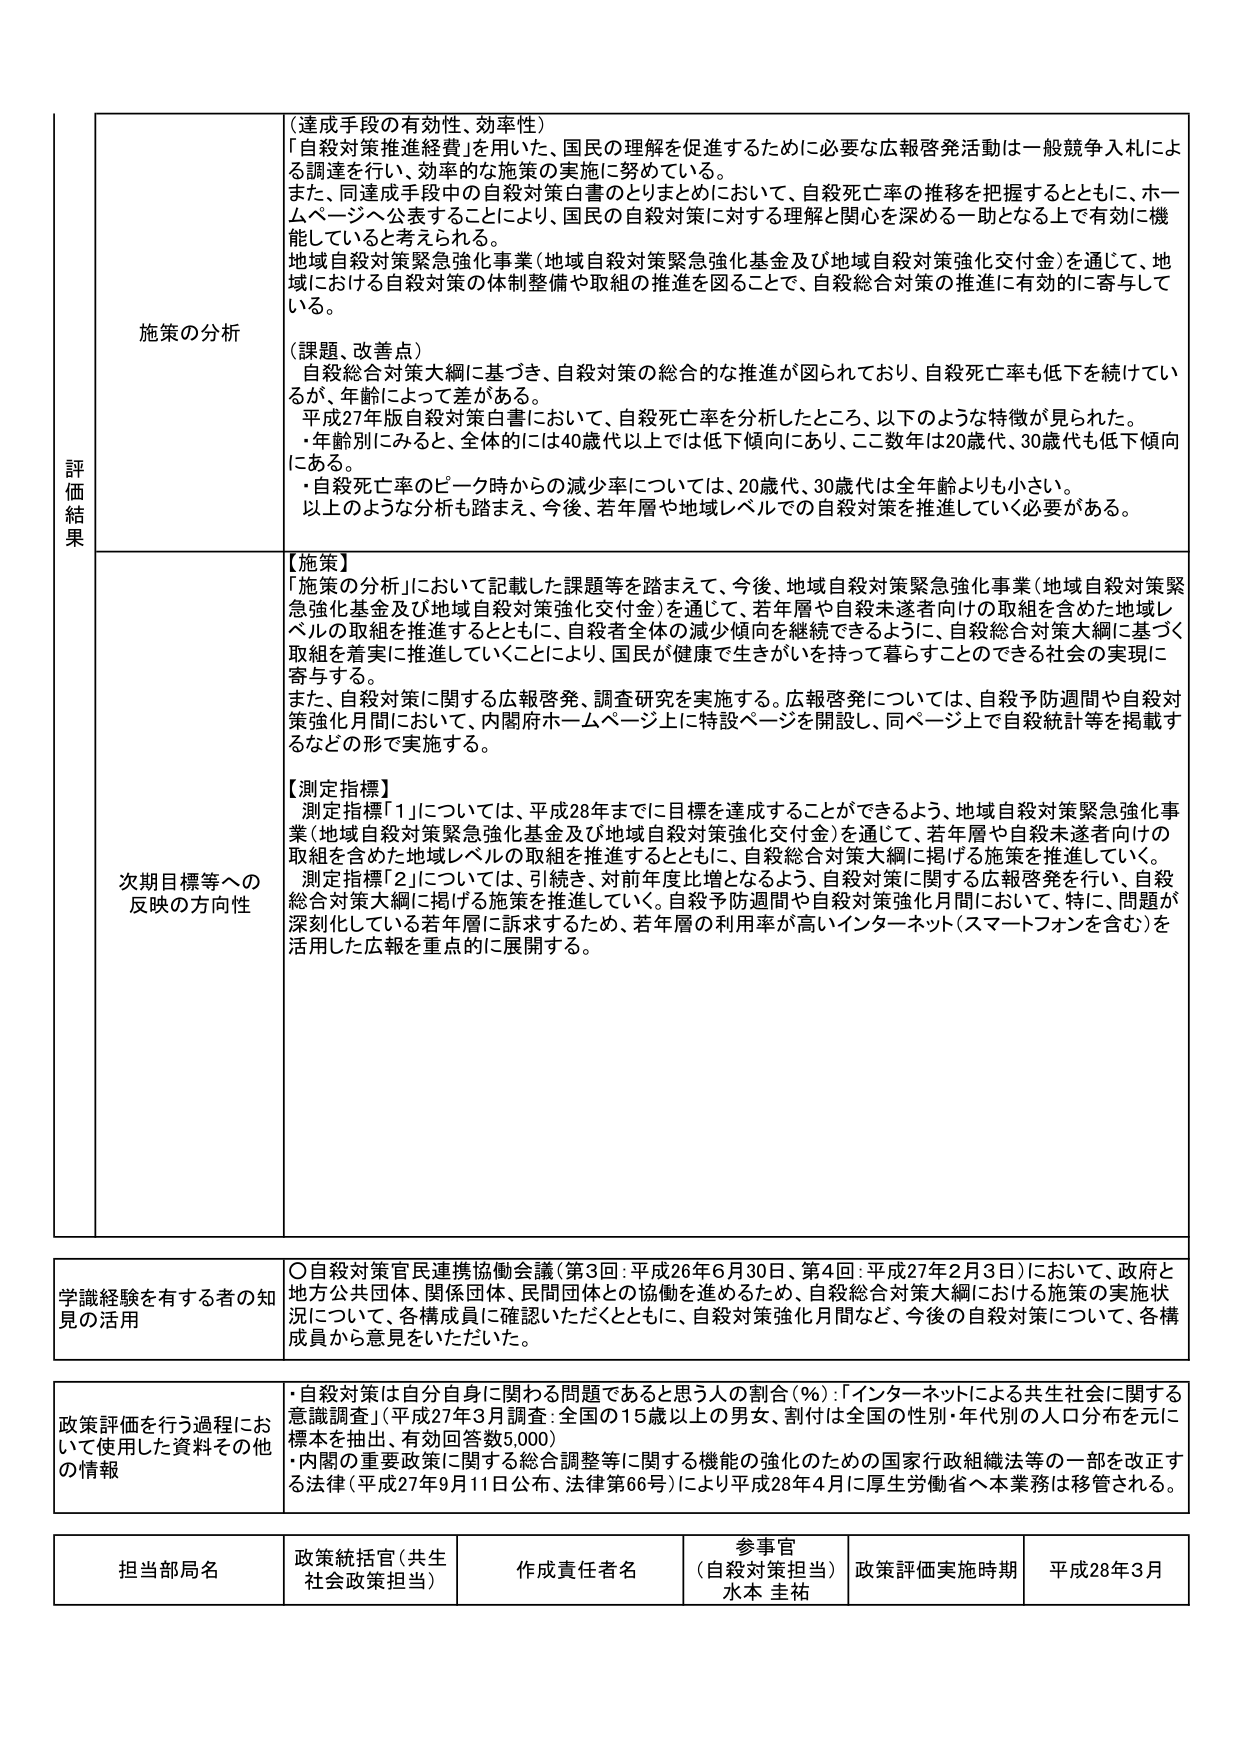
評価結果

施策の分析
（達成手段の有効性、効率性）
「自殺対策推進経費」を用いた、国民の理解を促進するために必要な広報啓発活動は一般競争入札による調達を行い、効率的な施策の実施に努めている。
また、同達成手段中の自殺対策白書のとりまとめにおいて、自殺死亡率の推移を把握するとともに、ホームページへ公表することにより、国民の自殺対策に対する理解と関心を深める一助となる上で有効に機能していると考えられる。
地域自殺対策緊急強化事業（地域自殺対策緊急強化基金及び地域自殺対策強化交付金）を通じて、地域における自殺対策の体制整備や取組の推進を図ることで、自殺総合対策の推進に有効的に寄与している。

（課題、改善点）
自殺総合対策大綱に基づき、自殺対策の総合的な推進が図られており、自殺死亡率も低下を続けているが、年齢によって差がある。
平成27年版自殺対策白書において、自殺死亡率を分析したところ、以下のような特徴が見られた。
・年齢別にみると、全体的には40歳代以上では低下傾向にあり、ここ数年は20歳代、30歳代も低下傾向にある。
・自殺死亡率のピーク時からの減少率については、20歳代、30歳代は全年齢よりも小さい。
以上のような分析も踏まえ、今後、若年層や地域レベルでの自殺対策を推進していく必要がある。

次期目標等への反映の方向性
【施策】
「施策の分析」において記載した課題等を踏まえて、今後、地域自殺対策緊急強化事業（地域自殺対策緊急強化基金及び地域自殺対策強化交付金）を通じて、若年層や自殺未遂者向けの取組を含めた地域レベルの取組を推進するとともに、自殺者全体の減少傾向を継続できるように、自殺総合対策大綱に基づく取組を着実に推進していくことにより、国民が健康で生きがいを持って暮らすことのできる社会の実現に寄与する。
また、自殺対策に関する広報啓発、調査研究を実施する。広報啓発については、自殺予防週間や自殺対策強化月間において、内閣府ホームページ上に特設ページを開設し、同ページ上で自殺統計等を掲載するなどの形で実施する。

【測定指標】
測定指標「1」については、平成28年までに目標を達成することができるよう、地域自殺対策緊急強化事業（地域自殺対策緊急強化基金及び地域自殺対策強化交付金）を通じて、若年層や自殺未遂者向けの取組を含めた地域レベルの取組を推進するとともに、自殺総合対策大綱に掲げる施策を推進していく。
測定指標「2」については、引続き、対前年度比増となるよう、自殺対策に関する広報啓発を行い、自殺総合対策大綱に掲げる施策を推進していく。自殺予防週間や自殺対策強化月間において、特に、問題が深刻化している若年層に訴求するため、若年層の利用率が高いインターネット（スマートフォンを含む）を活用した広報を重点的に展開する。

学識経験を有する者の知見の活用
〇自殺対策官民連携協働会議（第3回：平成26年6月30日、第4回：平成27年2月3日）において、政府と地方公共団体、関係団体、民間団体との協働を進めるため、自殺総合対策大綱における施策の実施状況について、各構成員に確認いただくとともに、自殺対策強化月間など、今後の自殺対策について、各構成員から意見をいただいた。

政策評価を行う過程において使用した資料その他 の情報
・自殺対策は自分自身に関わる問題であると思う人の割合（％）：「インターネットによる共生社会に関する意識調査」（平成27年3月調査：全国の15歳以上の男女、割付は全国の性別・年代別の人口分布を元に標本を抽出、有効回答数5,000）
・内閣の重要政策に関する総合調整等に関する機能の強化のための国家行政組織法等の一部を改正する法律（平成27年9月11日公布、法律第66号）により平成28年4月に厚生労働省へ本業務は移管される。

担当部局名
政策統括官（共生社会政策担当）
作成責任者名
参事官（自殺対策担当）水本 圭祐
政策評価実施時期
平成28年3月